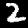
Label: 2